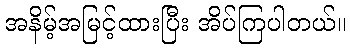
အနိမ့်အမြင့်ထားပြီး အိပ်ကြပါတယ်။